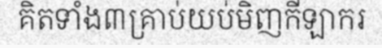
គិតទាំង៣គ្រាប់យប់មិញកីឡាករ